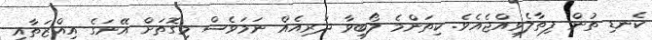
ކެނޑި ތުން ފިތާލެވިއްޖެއެވެ. ކިތަންމެ ލޯބިވާ ދަރިއެއް ނަމަވެސް މިގޮތަށް އޭނަގެ އިއްޒަތާއި